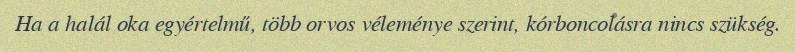
Ha a halál oka egyértelmű, több orvos véleménye szerint, kórboncolásra nincs szükség.